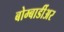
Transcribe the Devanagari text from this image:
बोम्बार्डीअर